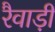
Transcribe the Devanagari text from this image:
रैवाड़ी